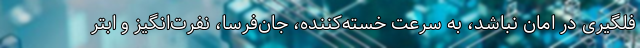
فلگیری در امان نباشد، به سرعت خسته‌کننده، جان‌فرسا، نفرت‌انگیز و ابتر